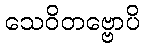
သေဝိတဗ္ဗောပိ